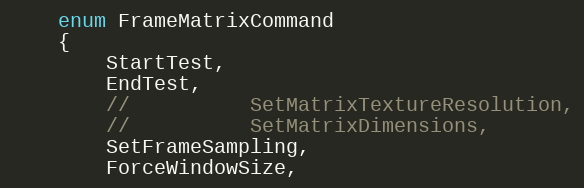
Language: C
	enum FrameMatrixCommand
	{
		StartTest,
		EndTest,
		//			SetMatrixTextureResolution,
		//			SetMatrixDimensions,
		SetFrameSampling,
		ForceWindowSize,